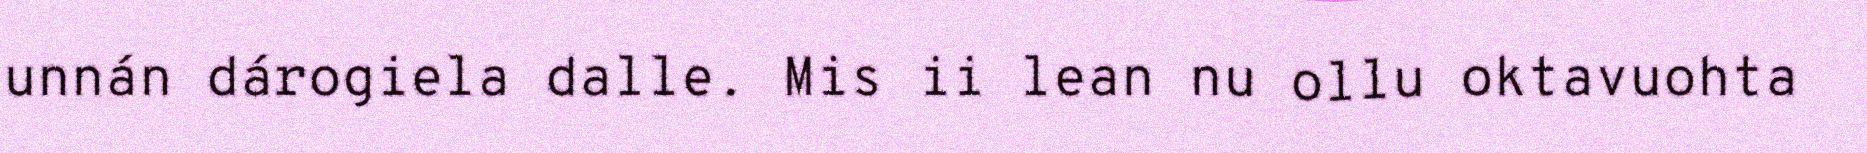
unnán dárogiela dalle. Mis ii lean nu ollu oktavuohta